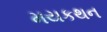
મયકથન